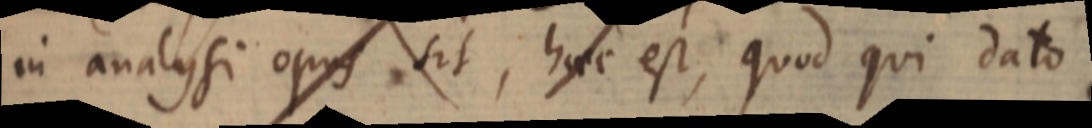
in analysi opus sit, haec est, quod qui dato